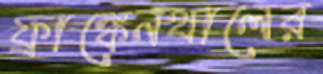
ফ্রাঙ্কেনথালের